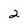
Character: 2